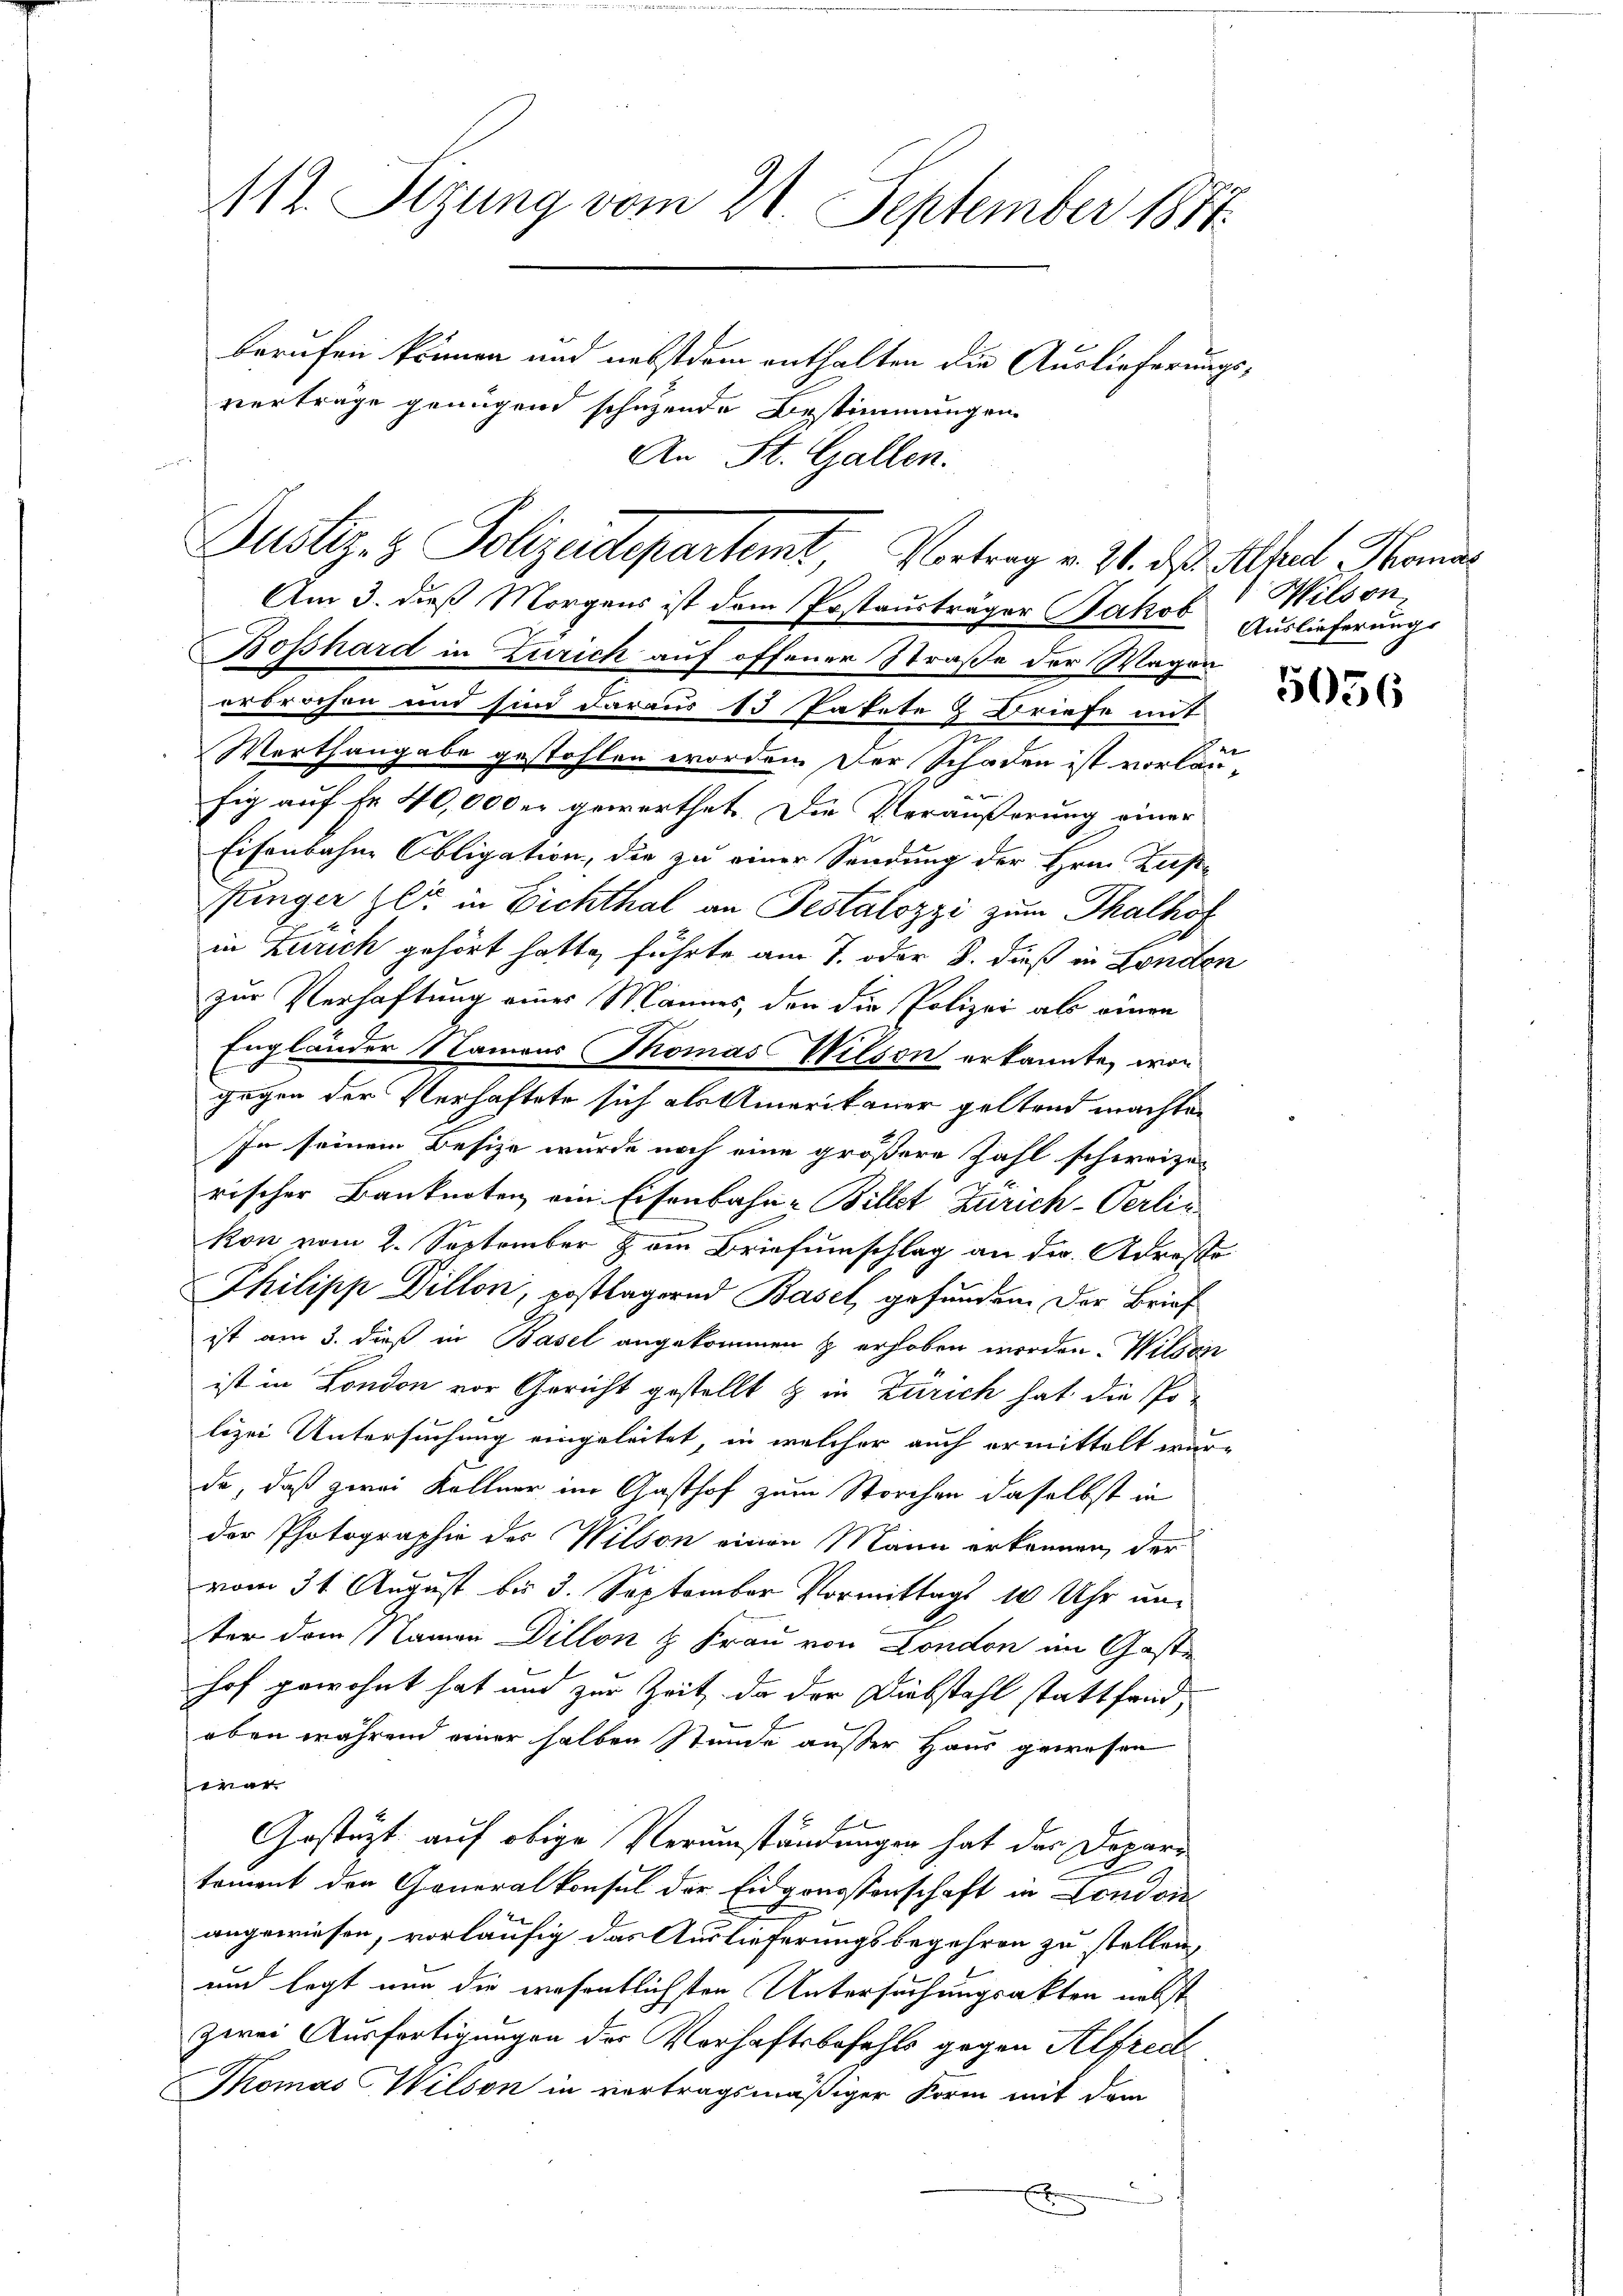
112. Sitzung vom 21. September 1881.
berufen können und nebst dem enthalten die Auslieferungsvertrage genügend schehende Bestimmungen
An St. Gallen.

Justiz- & Polizeidepartemt, Vortrag v. 21. das Athel Monat

Am 3. dieß Morgens ist dem Postausträger Jakob
Bosshard in Zürich auf offener Straße der Wagen
erbrochen und sind daraus 15 Pakete & Briefe mit
7
Werthangabe gestohlen worden. Der Schaden ist vorläufig auf fr. 40,000 er gewerthet. Die Veräußerung einer
Eisenbahne Obligation, die zu einer Sendung der Hrn. Zus¬
Junger Zeit in Eichthal an Pestalozzi zum Thalhof
in Zürich gehört hatte, führte am 7. oder 8. dieß in Londen
zur Verhaftung eines Mannes, den die Polizei als einen
Engländer Namens Thomas Wilson erkannte, von
gegen der Verhaftete sich als Amerikaner geltend machte.
In seinem Besize wurde noch eine größere Zahl schweize-
rischer Banknoten ein Eisenbahn-Billet Zürich-Verlinkon vom 2. September & am Briefumschlag an die Adresse
Philipp Dillon, erstlagernd Basel gefunden. Der Brief
ist am 3. dieß in Basel angekommen & erhoben worden. Wilden
ist in London vor Gericht gestellt & in Zürich hat die Po-
lizei Untersuchung eingeleitet, in welcher auch ermittelt wurda, daß zwei Kellner im Gasthof zum Storchen daselbst in
der Photographie des Wilson einen Mann erkennen, der
vom 31. August bis 3. September Vormittags 10 Uhr unter dem Namen Dillon & Frau von London im Gaste
hof gewohnt hat und zur Zeit, da der Diebstahl stattfand,
oben während einer halben Stunde außer Haus gewesen
erar
Gestüzt auf obige Verumständungen hat der Departement den Generalkonsul der Eidgenossenschaft in London-
angewiesen, vorläufig das Auslieferungsbegehren zu stellen,
und legt nun die wesentlichsten Untersuchungsakten nebst
zwei Ausfertigungen der Vorhaftsbefehls gegen Alfred
Thomas Wilson in vortragsmäßiger Korm mit dem
n
x

Wilson
Auslieferungs

5056